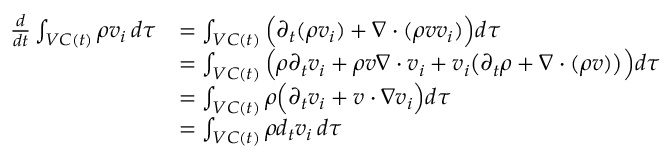
\begin{array} { r l } { \frac { d } { d t } \int _ { V C ( t ) } \rho v _ { i } \, d \tau } & { = \int _ { V C ( t ) } \Big ( \partial _ { t } ( \rho v _ { i } ) + \nabla \cdot ( \rho v v _ { i } ) \Big ) d \tau } \\ & { = \int _ { V C ( t ) } \Big ( \rho \partial _ { t } v _ { i } + \rho v \nabla \cdot v _ { i } + v _ { i } \big ( \partial _ { t } \rho + \nabla \cdot ( \rho v ) \big ) \Big ) d \tau } \\ & { = \int _ { V C ( t ) } \rho \Big ( \partial _ { t } v _ { i } + v \cdot \nabla v _ { i } \Big ) d \tau } \\ & { = \int _ { V C ( t ) } \rho d _ { t } v _ { i } \, d \tau } \end{array}